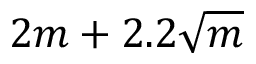
2 m + 2 . 2 { \sqrt { m } }